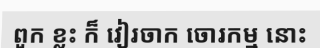
ពួក ខ្លះ ក៏ វៀរចាក ចោរកម្ម នោះ